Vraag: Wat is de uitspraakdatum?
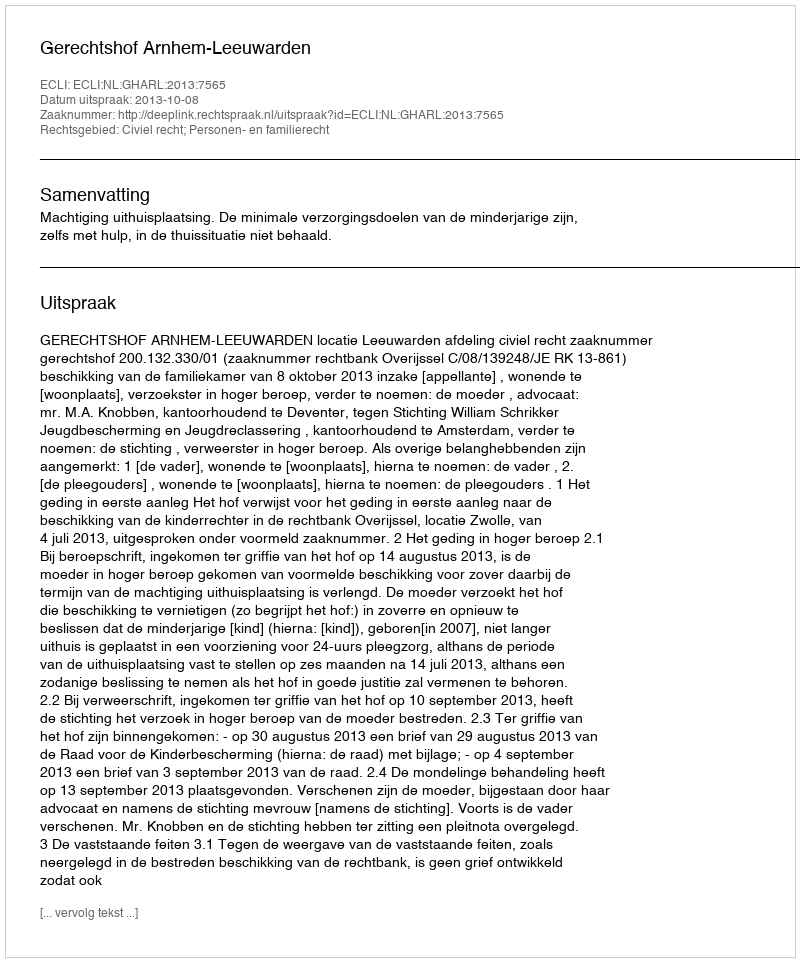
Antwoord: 2013-10-08